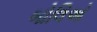
બોલિઓ